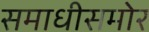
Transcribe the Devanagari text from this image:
समाधीसमोर